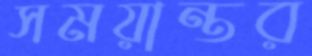
সময়ান্তর